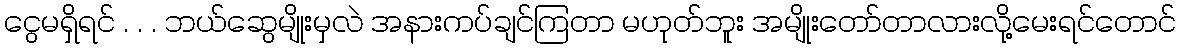
ငွေမရှိရင် . . . ဘယ်ဆွေမျိုးမှလဲ အနားကပ်ချင်ကြတာ မဟုတ်ဘူး အမျိုးတော်တာလားလို့မေးရင်တောင်